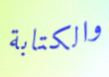
والكتابة